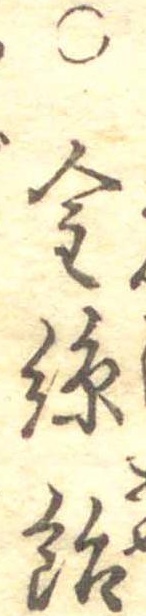
○金糸飴